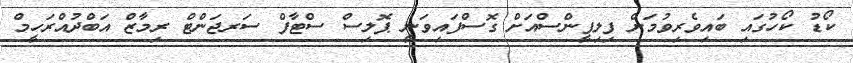
ކޯޑު ކޯހުގައި ބައިވެރިވުމަށް ފިލިޕީންސްއަށް ގޮސްފައިވަނީ ޕޮލިސް ސްޓާފް ސަރޖަންޓް ރިމާޒް އަބްދުއްރަހީމް